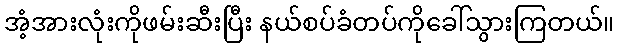
အံ့အားလုံးကိုဖမ်းဆီးပြီး နယ်စပ်ခံတပ်ကိုခေါ်သွားကြတယ်။